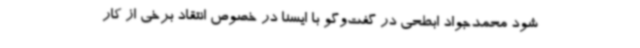
شود محمدجواد ابطحی در گفت‌وگو با ایسنا در خصوص انتقاد برخی از کار